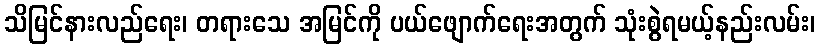
သိမြင်နားလည်ရေး၊ တရားသေ အမြင်ကို ပယ်ဖျောက်ရေးအတွက် သုံးစွဲရမယ့်နည်းလမ်း၊